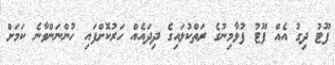
ފޫޓު ދިގު އެއް ފޫޓު ފުޅާމިނުގެ ރަތްކުލައިގެ ދިދައެއް ހަރުކޮށްފައި ހުންނަންވާނެ ކަމަށް